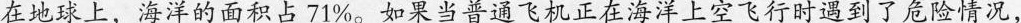
在地球上，海洋的面积占71%。如果当普通飞机正在海洋上空飞行时遇到了危险情况，